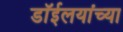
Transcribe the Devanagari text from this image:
डाॅईलयांच्या